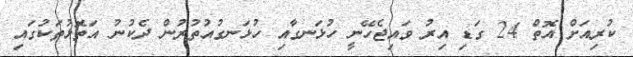
ކުރިއަށް އޮތް 24 ގަޑި އިރު ވައިޖެހޭނީ ހުޅަނގާއި ހުޅަނގުއުތުރުން ދެކުނު އަތޮޅުތަކުގައި